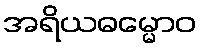
အရိယဓမ္မောဝ